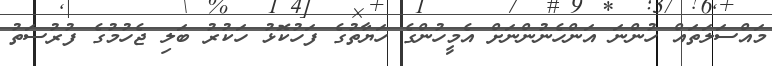
މައްސަލަތައް ހުންނަ އަންހެނުންނަށް އެމީހުންގެ ހަޔާތުގެ ފަހުކޮޅު ހަކުރު ބަލި ޖެހުމުގެ ފުރުސަތު